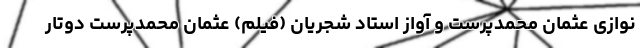
نوازی عثمان محمدپرست و آواز استاد شجریان (فیلم) عثمان محمدپرست دوتار